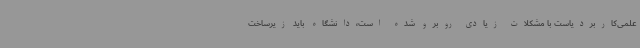
علمی‌کاربردیاست با مشکلات زیادی روبرو شده است،دانشگاه باید زیرساخت